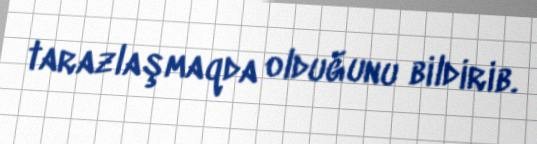
tarazlaşmaqda olduğunu bildirib.